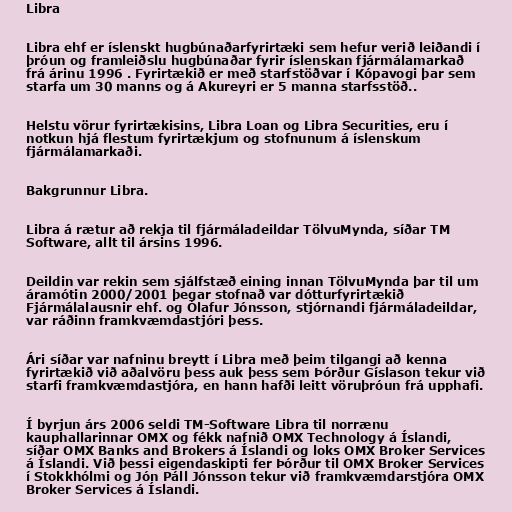
Libra

Libra ehf er íslenskt hugbúnaðarfyrirtæki sem hefur verið leiðandi í
þróun og framleiðslu hugbúnaðar fyrir íslenskan fjármálamarkað
frá árinu 1996 . Fyrirtækið er með starfstöðvar í Kópavogi þar sem
starfa um 30 manns og á Akureyri er 5 manna starfsstöð..

Helstu vörur fyrirtækisins, Libra Loan og Libra Securities, eru í
notkun hjá flestum fyrirtækjum og stofnunum á íslenskum
fjármálamarkaði.

Bakgrunnur Libra.

Libra á rætur að rekja til fjármáladeildar TölvuMynda, síðar TM
Software, allt til ársins 1996.

Deildin var rekin sem sjálfstæð eining innan TölvuMynda þar til um
áramótin 2000/2001 þegar stofnað var dótturfyrirtækið
Fjármálalausnir ehf. og Ólafur Jónsson, stjórnandi fjármáladeildar,
var ráðinn framkvæmdastjóri þess.

Ári síðar var nafninu breytt í Libra með þeim tilgangi að kenna
fyrirtækið við aðalvöru þess auk þess sem Þórður Gíslason tekur við
starfi framkvæmdastjóra, en hann hafði leitt vöruþróun frá upphafi.

Í byrjun árs 2006 seldi TM-Software Libra til norrænu
kauphallarinnar OMX og fékk nafnið OMX Technology á Íslandi,
síðar OMX Banks and Brokers á Íslandi og loks OMX Broker Services
á Íslandi. Við þessi eigendaskipti fer Þórður til OMX Broker Services
í Stokkhólmi og Jón Páll Jónsson tekur við framkvæmdarstjóra OMX
Broker Services á Íslandi.